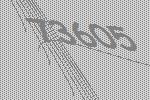
73605